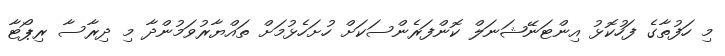
މި ހަފުތާގެ ފަހުކޮޅު އިންޓަނޭޝަނަލް ކޮންފަރެންސަކަށް ހުށަހެޅުމަށް ތައްޔާރުވަމުންދާ މި ދިރާސާ ރިޕޯޓާ